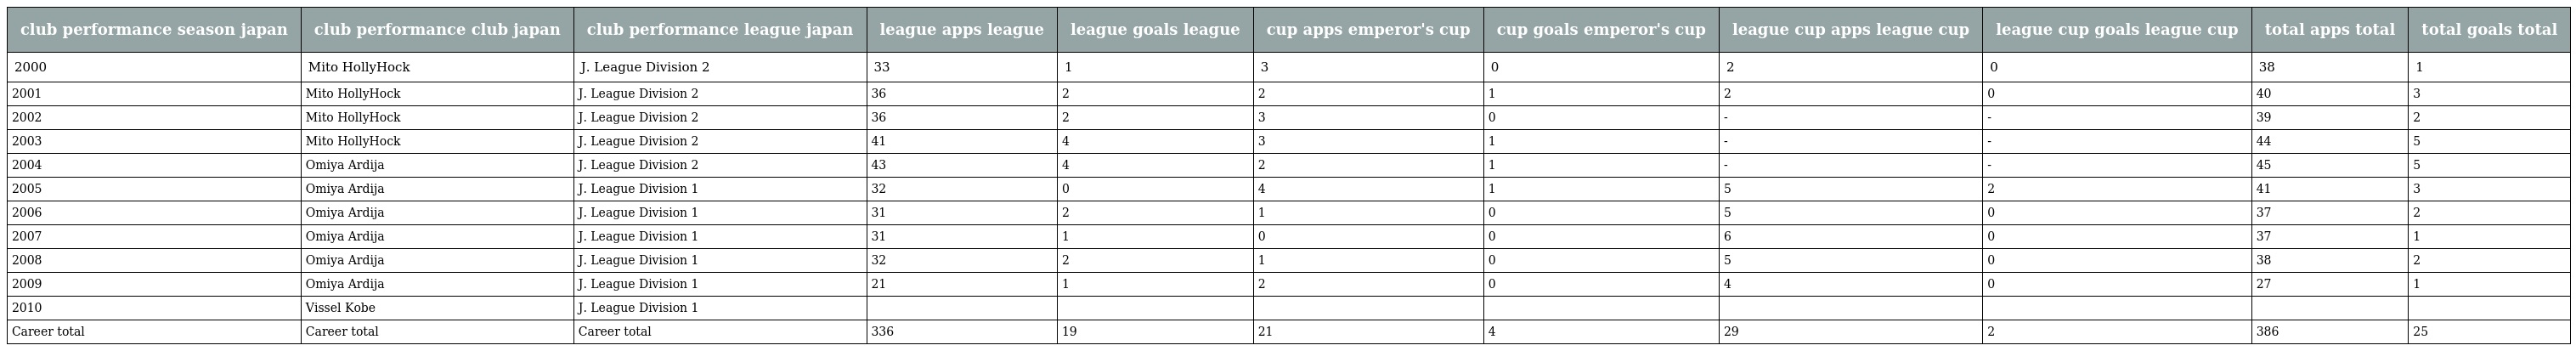
| club performance season japan | club performance club japan | club performance league japan | league apps league | league goals league | cup apps emperor's cup | cup goals emperor's cup | league cup apps league cup | league cup goals league cup | total apps total | total goals total |
 | --- | --- | --- | --- | --- | --- | --- | --- | --- | --- | --- |
 | 2000 | Mito HollyHock | J. League Division 2 | 33 | 1 | 3 | 0 | 2 | 0 | 38 | 1 |
 | 2001 | Mito HollyHock | J. League Division 2 | 36 | 2 | 2 | 1 | 2 | 0 | 40 | 3 |
 | 2002 | Mito HollyHock | J. League Division 2 | 36 | 2 | 3 | 0 | - | - | 39 | 2 |
 | 2003 | Mito HollyHock | J. League Division 2 | 41 | 4 | 3 | 1 | - | - | 44 | 5 |
 | 2004 | Omiya Ardija | J. League Division 2 | 43 | 4 | 2 | 1 | - | - | 45 | 5 |
 | 2005 | Omiya Ardija | J. League Division 1 | 32 | 0 | 4 | 1 | 5 | 2 | 41 | 3 |
 | 2006 | Omiya Ardija | J. League Division 1 | 31 | 2 | 1 | 0 | 5 | 0 | 37 | 2 |
 | 2007 | Omiya Ardija | J. League Division 1 | 31 | 1 | 0 | 0 | 6 | 0 | 37 | 1 |
 | 2008 | Omiya Ardija | J. League Division 1 | 32 | 2 | 1 | 0 | 5 | 0 | 38 | 2 |
 | 2009 | Omiya Ardija | J. League Division 1 | 21 | 1 | 2 | 0 | 4 | 0 | 27 | 1 |
 | 2010 | Vissel Kobe | J. League Division 1 |  |  |  |  |  |  |  |  |
 | Career total | Career total | Career total | 336 | 19 | 21 | 4 | 29 | 2 | 386 | 25 |